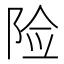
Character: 险